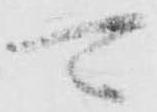
可